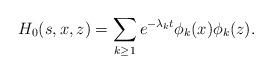
LaTeX: \begin{align*} H_0 (s,x,z) = \sum_{k \geq 1} e^{-\lambda_k t} \phi_k (x) \phi_k (z).\end{align*}